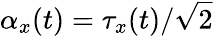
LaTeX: \alpha_{x}(t)=\tau_{x}(t)/\sqrt{2}